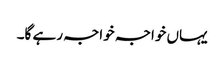
یہاں خواجہ خواجہ رہے گا۔